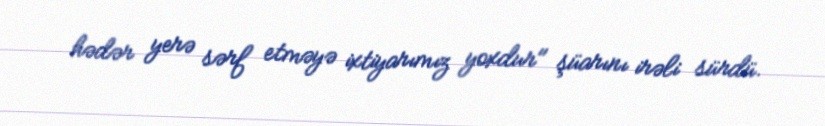
hədər yerə sərf etməyə ixtiyarımız yoxdur" şüarını irəli sürdü.